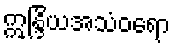
ဣန္ဒြိယအသံဝရော